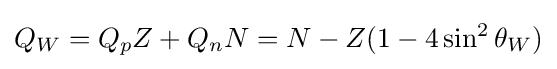
Q_{W}=Q_{p}Z+Q_{n}N=N-Z(1-4\sin ^{2}\theta _{W})